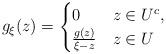
LaTeX: \begin{align*}g_\xi(z) = \begin{cases}0 & z\in U^c,\\\frac{g(z)}{\xi -z} & z\in U\end{cases}\end{align*}